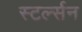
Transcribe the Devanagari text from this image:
स्टर्ल्सन